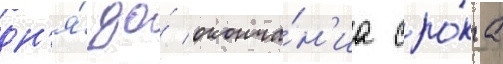
дн'я́ до́ оконча́н'иа сро́ка